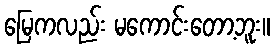
မြေကလည်း မကောင်းတော့ဘူး။